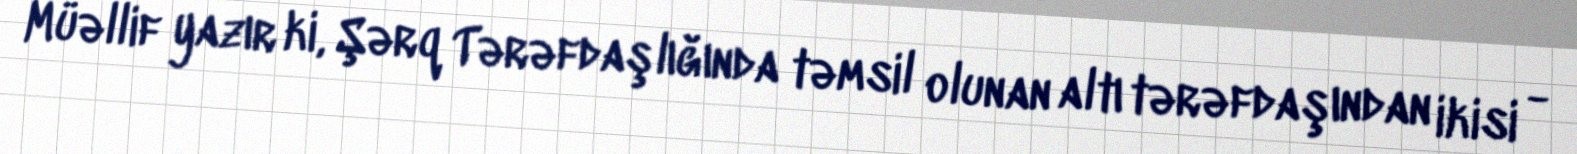
Müəllif yazır ki, Şərq Tərəfdaşlığında təmsil olunan altı tərəfdaşından ikisi -